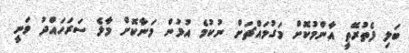
ބަލި ފެތުރޭތީ އާންމުކޮށް މަގުމައްޗަށް ނުކުމެ އުޅުން މަނާކޮށް މާލެ ސަރަހައްދު ވަނީ